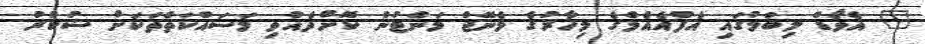
" އެވޯޑް ލިބުމުގައި އެފްއެއެމްގެ މިހާރުގެ މެނޭޖް މަންޓުން ކޮށްދެއްވި މަސައްކަތްތަކަށް ޝުކުރު